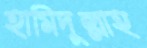
হামিদুল্লাহ